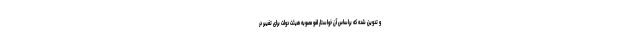
و تدوین شده که براساس آن خواستار لغو مصوبه هیئت دولت برای تغییر در